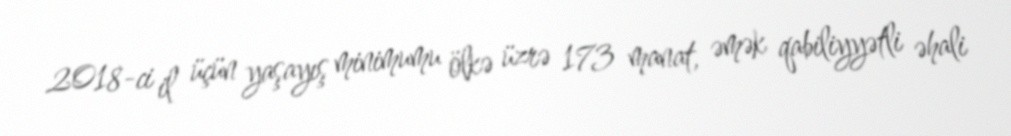
2018-ci il üçün yaşayış minimumu ölkə üzrə 173 manat, əmək qabiliyyətli əhali